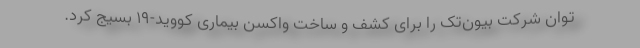
توان شرکت بیون‌تک را برای کشف و ساخت واکسن بیماری کووید-۱۹ بسیج کرد.